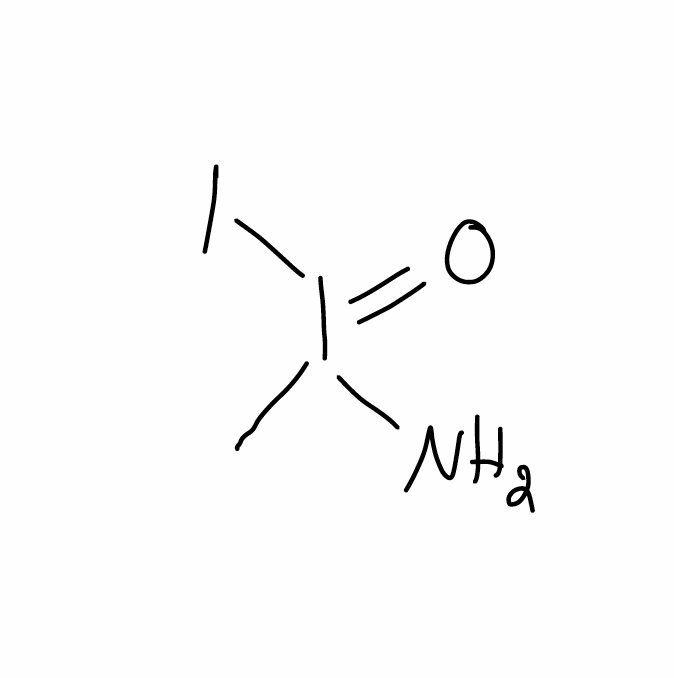
Simplified molecular-input line-entry system (SMILES) notation of the given molecule:
CI(=O)(N)I